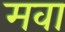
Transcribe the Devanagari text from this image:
मवा